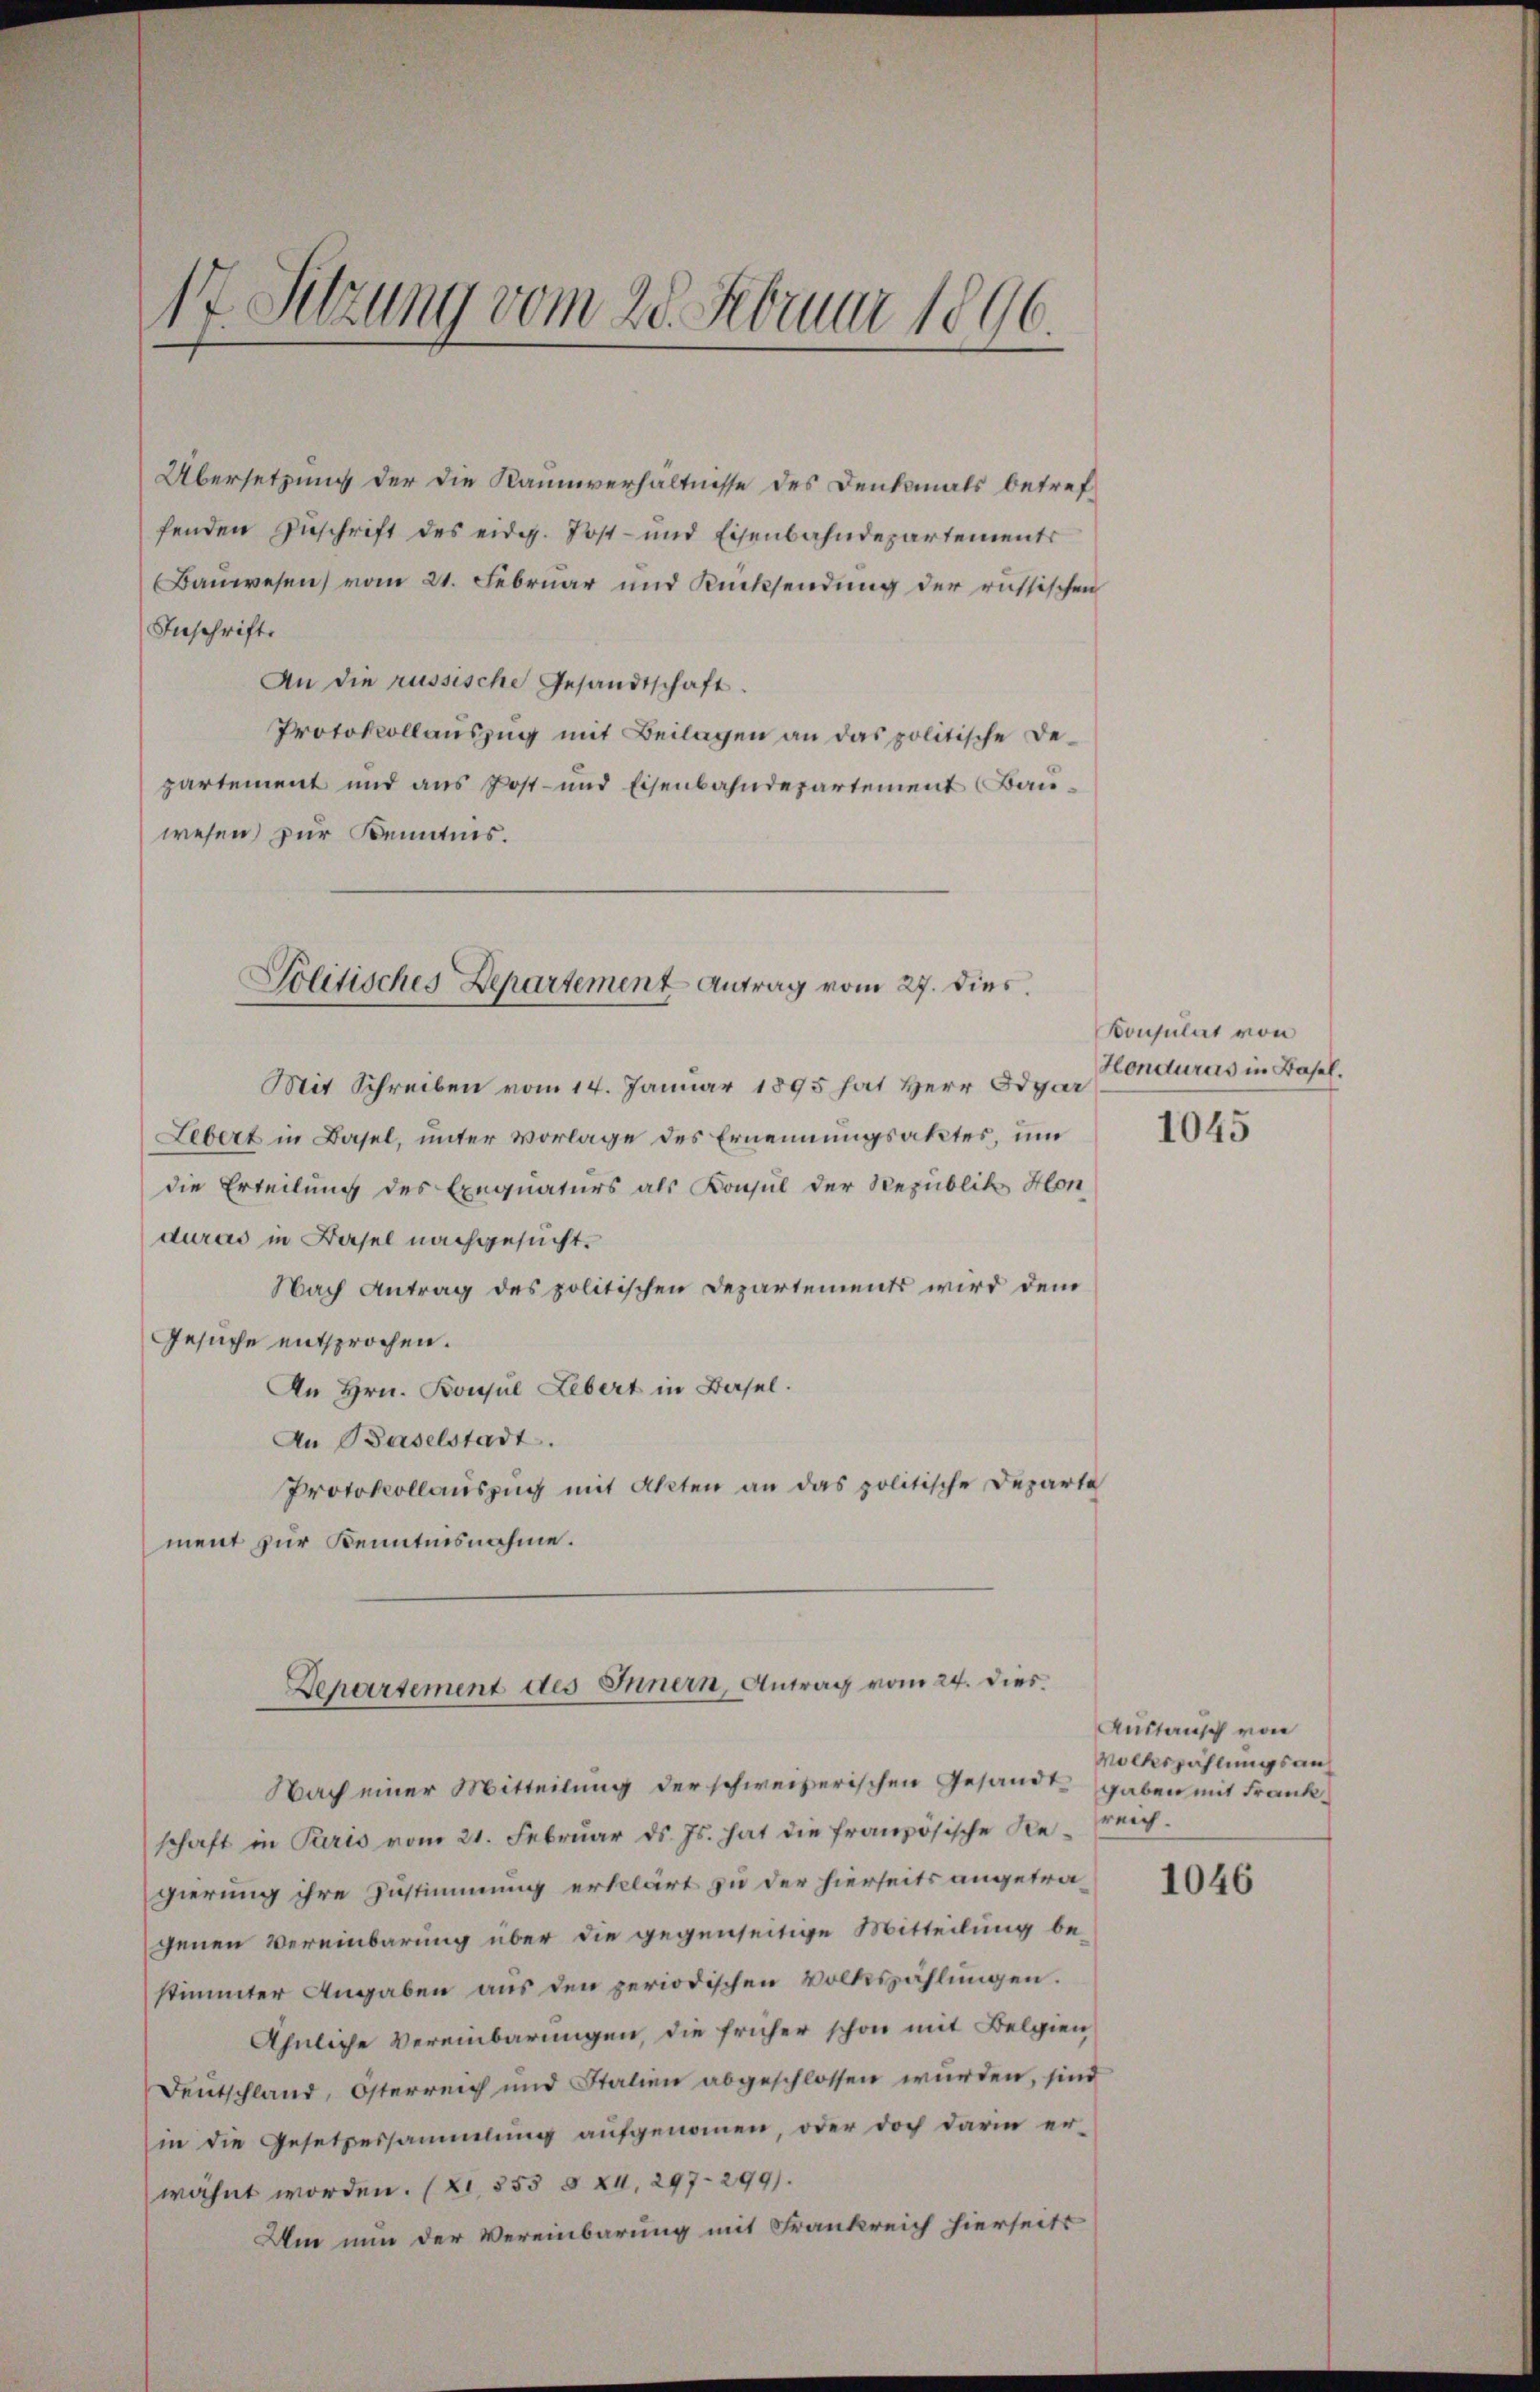
17. Sitzung vom 25. Februar 1896.

Übersetzung der die Raumverhältnisse des Denkanals betreffenden Zuschrift des eidg. Post- und Eisenbahndepartements
Bauwesen vom 21. Februar und Rücksendung der russischen
Inschrift.
An die russische Gesandtschaft.
Protokollauszug mit Beilagen an das politische Departement und aus Post- und Eisenbahndepartement Bauwesen, zur Kenntnis.

Politisches Departement Antrag vom 27. dies.

Mit Schreiben vom 14. Januar 1895 hat Herr Edgar
Lebert in Basel, unter vorlage des Ernennungsaktes, um
die Erteilung des Exequaturs als Konsul der Republik Hon
duras in Basel nachgesucht.
Nach Antrag des politischen Departements wird dem
Gesuche entsprochen.
An Hrn. Konsul Lebert in Basel.
An Baselstadt.
Protokollauszug mit Akten an das politische Departe
ment zur Kenntnisnahme.
Departement des Innern, Antrag vom 24. dies
Nach einer Mitteilung der schweizerischen Gesandt gaben mit Frankschaft in Paris vom 21. Febrŭar d. Js. hat die französische Re- reich.
gierung ihre Zustimmung erklärt zu der hierseits angetragenen Vereinbarung über die gegenseitige Mitteilung bestimmter Angaben aus den periodischen Volkszählungen.
Ähnliche Vereinbarungen, die früher schon mit Belgien
Deutschland, Österreich und Italien abgeschlossen würden, sind
in die Gesetzessammlung aufgenommen, oder doch darin er-
wähnt worden. (2, 355 § 24, 297. 299).
Um nun der Vereinbarung mit Frankreich hierseits

Konsulat von
Hondurus in Basel.
1045

Austausch von
Volkszählungsan¬

1046